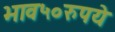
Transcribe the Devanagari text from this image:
भाव५०रुपये